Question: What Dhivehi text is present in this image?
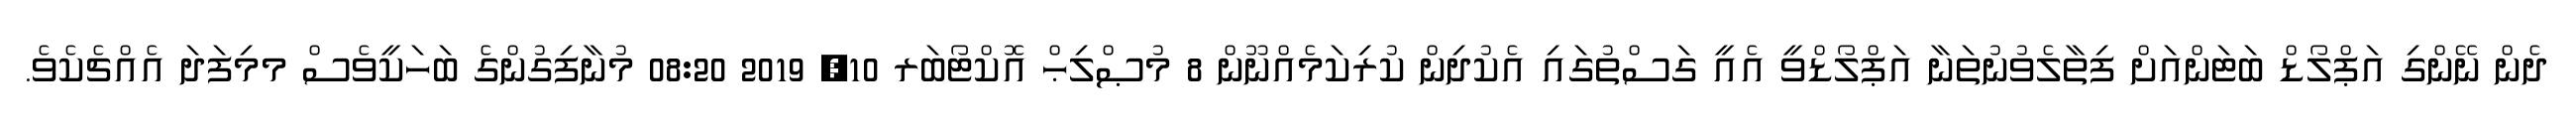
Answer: ދެން ނޭންގި އަޕްލޯޑް ބަޓަންއަށް ފިތާލެވުނުތަނާ އަޕްލޯޑްވީ އެއީ ގަސްތުގައި އެކުދިން ކުރިކަމެއްނޫން 8 މުޞްލިޙް އޮކްޓޯބަރ 10, 2019 08:20 މުނާފިގުންގެ ބަހަކީވެސް މމިފަދަ އެއްޗެކެވެ.